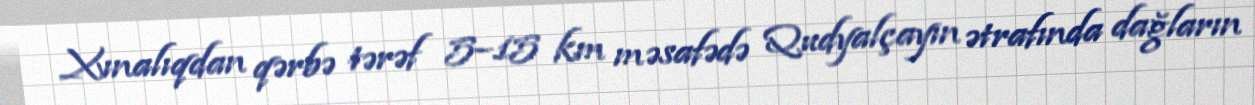
Xınalıqdan qərbə tərəf 5–15 km məsafədə Qudyalçayın ətrafında dağların